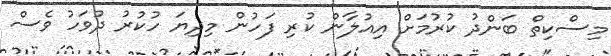
މިސްކިތް ބަންދު ކުރުމަށް އިއުލާން ކުރި ފަހުން މިދިޔަ ހުކުރު ދުވަހު ވެސް